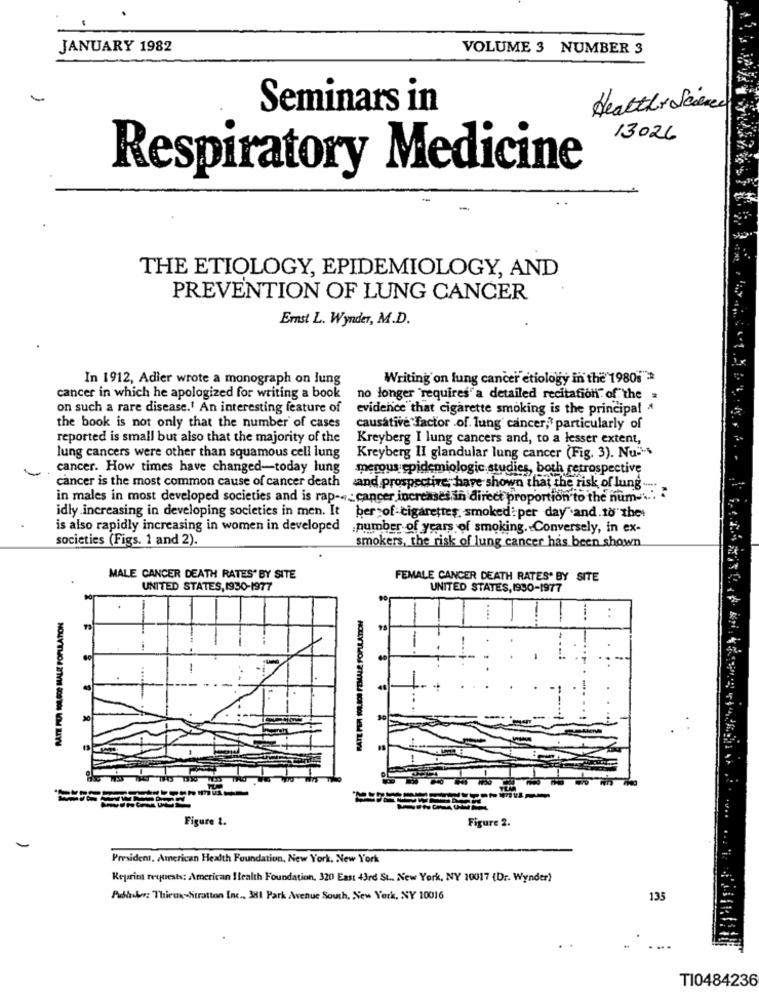
JANUARY 1982
VOLUME 3 NUMBER 3
Seminars in
Health Science
13026
Respiratory Medicine
THE ETIOLOGY, EPIDEMIOLOGY, AND
PREVENTION OF LUNG CANCER
Erst L. Wynder, M.D.
In 1912, Adier wrote a monograph on lung
Writing on lung cancer etiology in the 1980"*
cancer in which he apologized for writing a book
no longer "requires" a detailed recitation\" of the
on such a rare disease.' An interesting feature of
evidence that cigarette smoking is the principal *
the book is not only that the number of cases
causative factor .of. lung cancer, particularly of
reported is small but also that the majority of the
Kreyberg I lung cancers and, to a lesser extent,
lung cancers were other than squamous cell lung
Kreyberg II glandular lung cancer (Fig. 3). Nu --
cancer. How times have changed-today lung
merous epidemiologic.studies, both retrospective
cancer is the most common cause of cancer death and prospective, have shown that the risk of lung ......
in males in most developed societies and is rap-«_ cancer increases in direct proportion to the hum -... .
idly .increasing in developing societies in men. It
ber of -cigarettes, smoked: per day" .and.10"the
is also rapidly increasing in women in developed
number of years of smoking. Conversely, in ex-
societies (Figs. 1 and 2).
smokers, the risk of lung cancer has been shown
MALE CANCER DEATH RATES' BY SITE
FEMALE CANCER DEATH RATES* BY SITE
UNITED STATES,1930-1977
UNITED STATES, 1990-1977
:
-
Figure 1.
Figure 2.
President, American Health Foundation, New York, New York
Reprint requests: American Health Foundation, 320 East 43rd St .. New York, NY 10017 (Dr. Wynder)
Pakhuis: ThiruasStratton Inc .. 381 Park Avenue South, New York, NY 10016
135
....
TI0484236